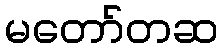
မတော်တဆ